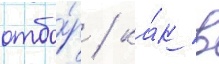
отбо́р / ка́к в